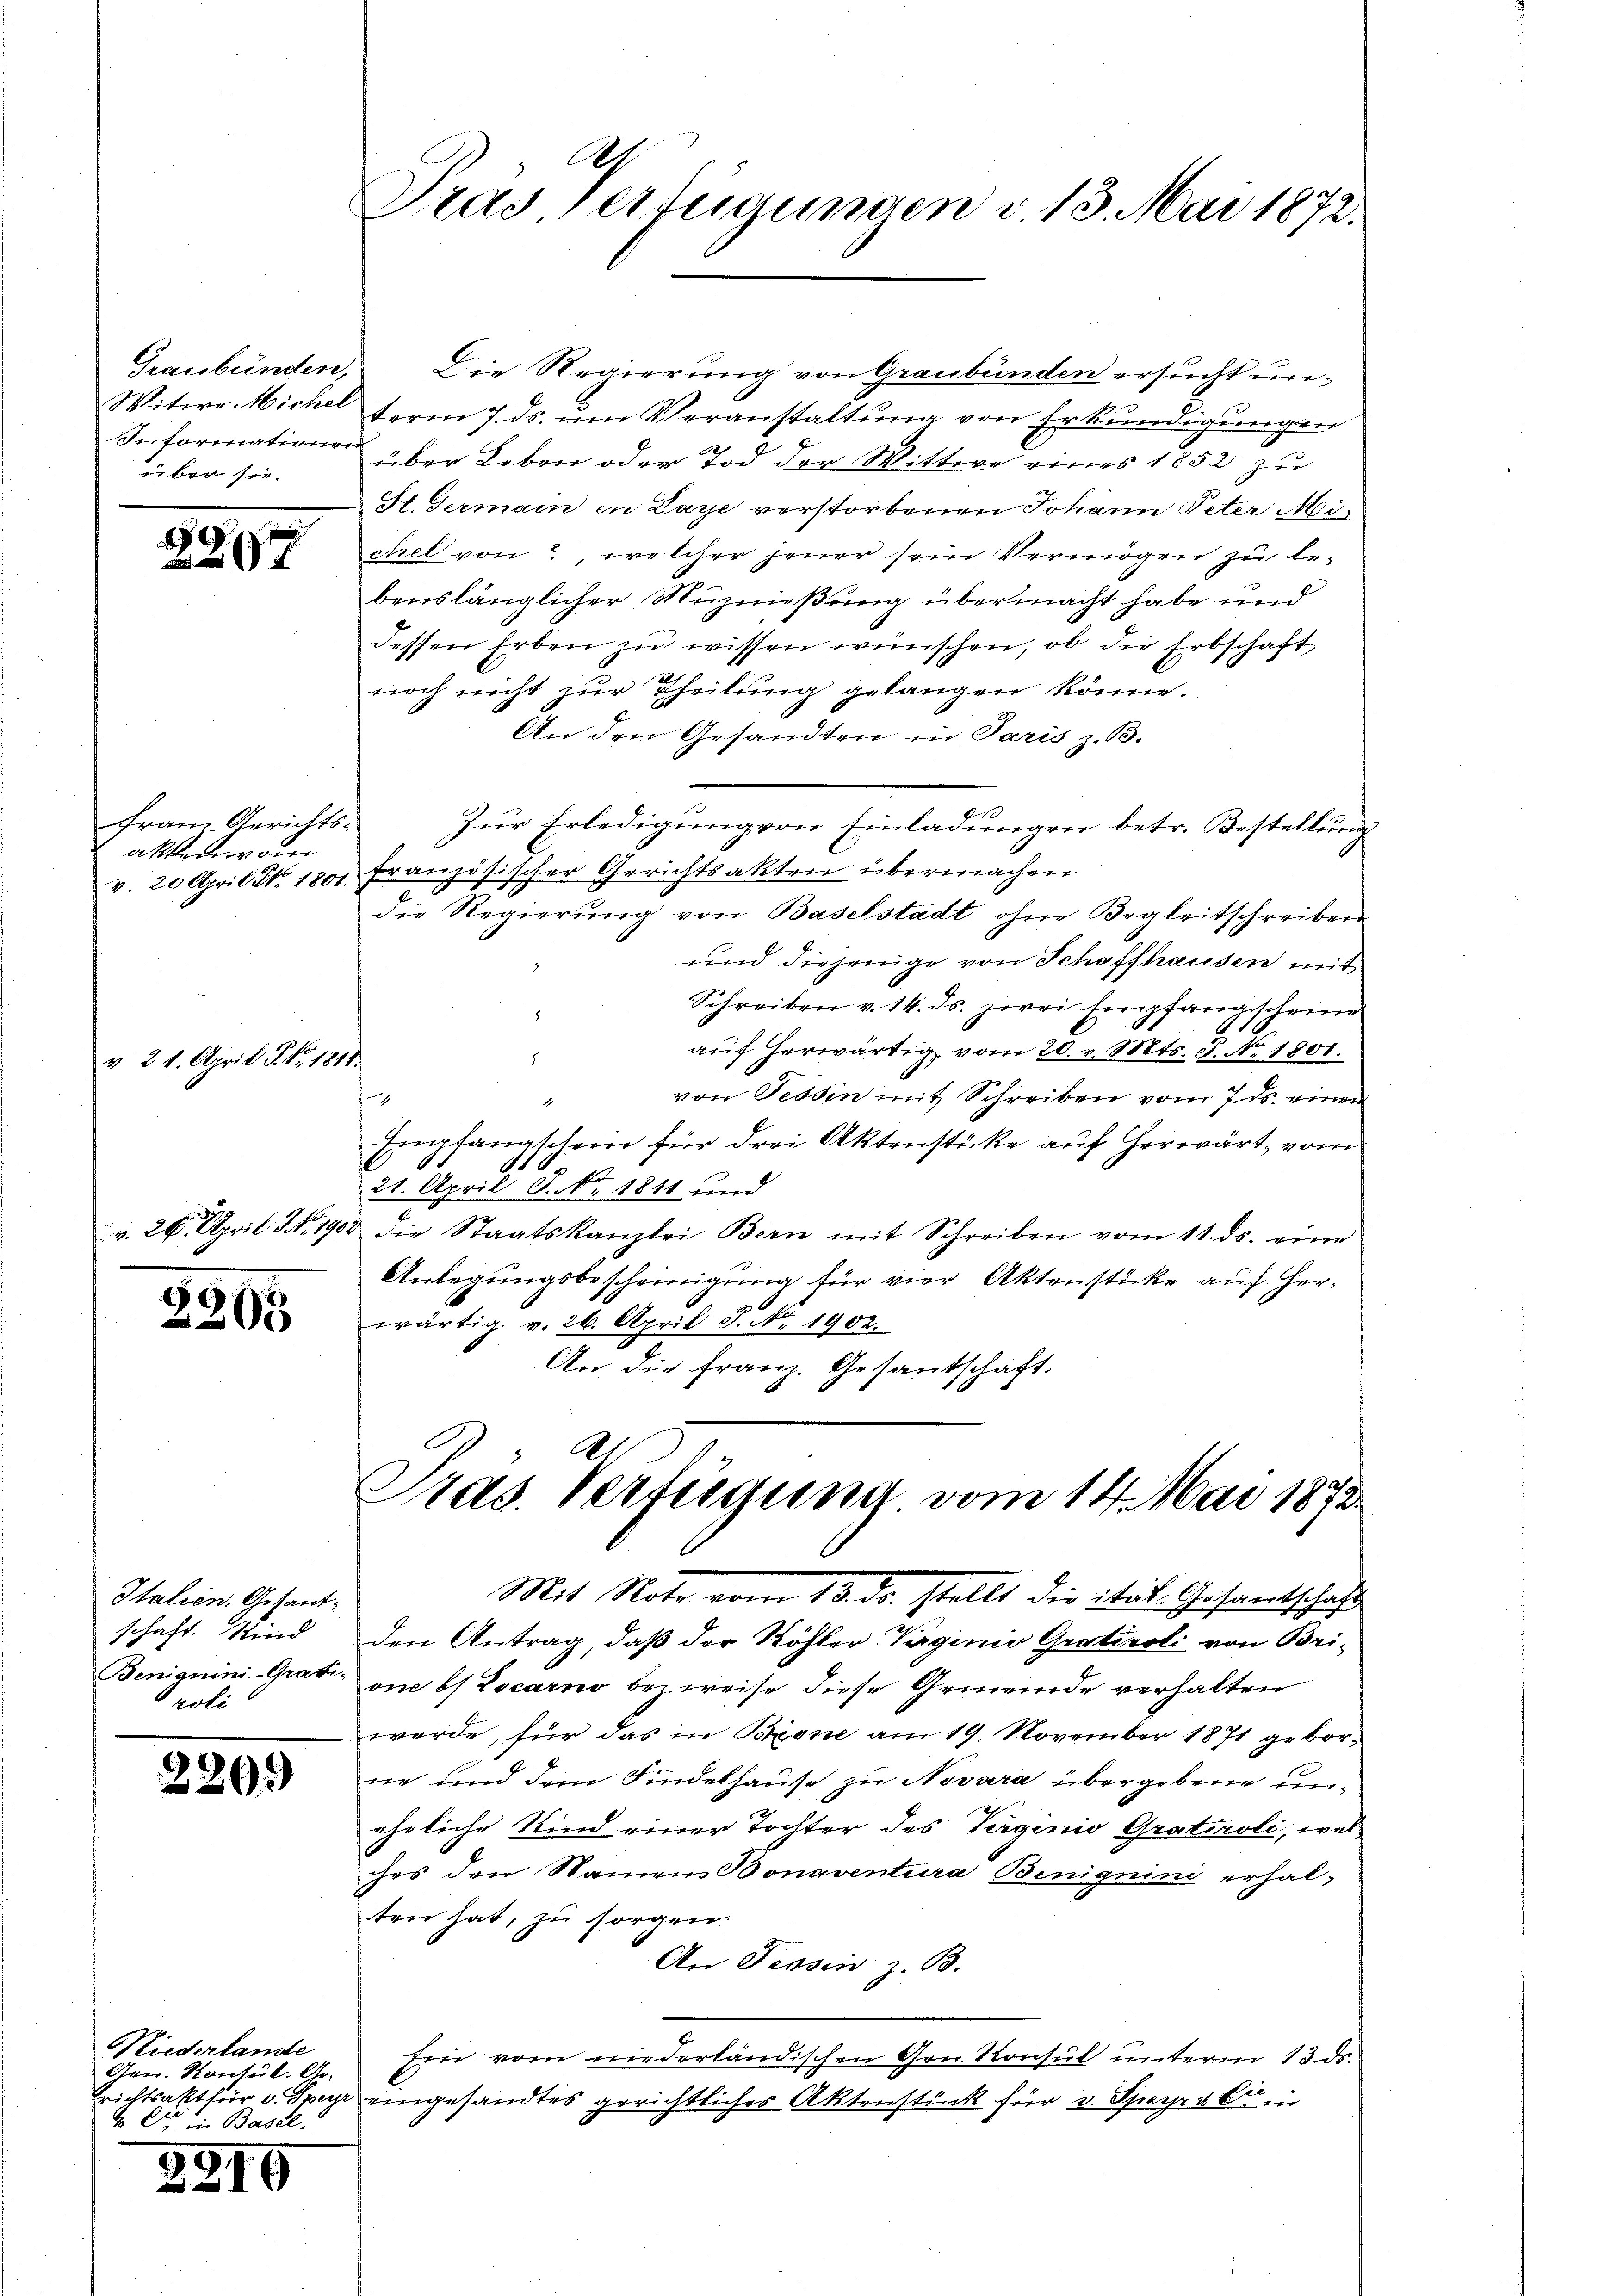
über sie.

2894

frau. Gerichts-
akten wor

v. 21. April S. Nr. 1818.
v. 26. April No 19.

2265

Italien, Gesandschaft. Mind
roli

220.

Niederlande
Gen. Konsul. Ar-
er
4 der in Basel.

2919

A
Prad. Verfügungen v. 13. Mai 1872.

Graubünden, Die Regierung von Graubünden ersucht un¬
Witwe Michel ferm 7. ds. ŭm Veranstaltŭng von Erkŭndigŭngen
Informationen der Leben oder Tod der Wittwe eines 1852 zu
St. Germain in Paye verstorbenen Johann Peter Michel von , welcher jener sein Vermögen zu lebenslänglicher Muznießung übermacht habe und
dessen Erben zŭ wissen wünschen, ob die Erbschaft
noch nicht zur Theilung gelangen könne.
An den Gesandten in Paris z. B.
zŭr Erledigŭng von Einladŭngen betr. Bestellung
v. 20 April No. 1801. Französischer Gerichtsakten übermachen
die Regierung von Baselstadt, ohne Begleitschreiben
und diejenige von Schaffhausen mit
Schreiben v. 14. ds. zwei Empfangscheine
aŭf herwärtig vom 20. v. Mts. J. No. 1801.
8
von Tessin mit Schreiben vom 7. ds. einen
d
Empfangschein für drei Aktenstücke auf herwärt, vom
t
21. April S. Nr. 1811 und
d die Staatskanzlei Bern mit Schreiben vom 11. ds. eine
Anlegungsbescheinigung für vier Aktenstücke auf Herwärtig. v. 26. April J. No. 1902.
An die Franz. Gesantschaft.

A
Pras. Verfügung vom 14. Mai 1872

Mit Note vom 13. ds. stellt die ital. Gesamtschaft
den Antrag, daß der Köhler Vaginio Grativoli von Bri¬
Binignini-Grab om bs Locarno bez. weise diese Gemeinde verhalten
werde, für das in Brone am 19. November 1871 geborne und dem Findelhause zu Novara übergebene uneheliche Kind einer Tochter des Verginio Gratiroli, wel
ches den Namen Bonaventura Benignini erhalten hat, zu sorgen.
An Tessin z. B.
drie vom niederländischen Gen. Konsul unterm 13. ds.
richtsakt für v. Sper eingesandtes gerichtlicher Aktenstück für v. Sporrekt in